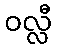
ဝလ္လီ